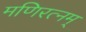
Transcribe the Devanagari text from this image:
मणिरत्‍नम्